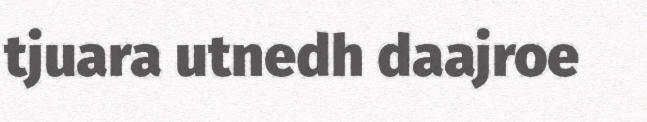
tjuara utnedh daajroe